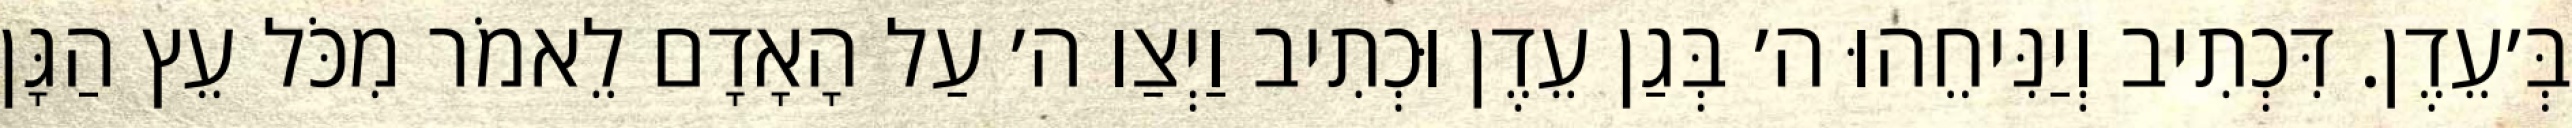
בְּ׳עֵדֶן. דִּכְתִיב וְיַנִּיחֵהוּ ה׳ בְּגַן עֵדֶן וּכְתִיב וַיְצַו ה׳ עַל הָאָדָם לֵאמֹר מִכֹּל עֵץ הַגָּן